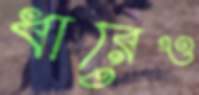
ধারেও